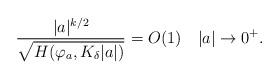
LaTeX: \begin{align*}\frac{|a|^{k/2}}{\sqrt{H(\varphi_a,K_\delta|a|)}}=O(1)\quad|a|\to0^+.\end{align*}